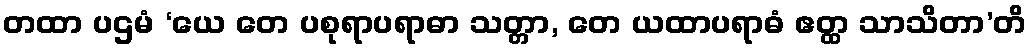
တထာ ပဌမံ ‘ယေ တေ ပစုရာပရာဓာ သတ္တာ, တေ ယထာပရာဓံ ဧတ္ထ သာသိတာ’တိ